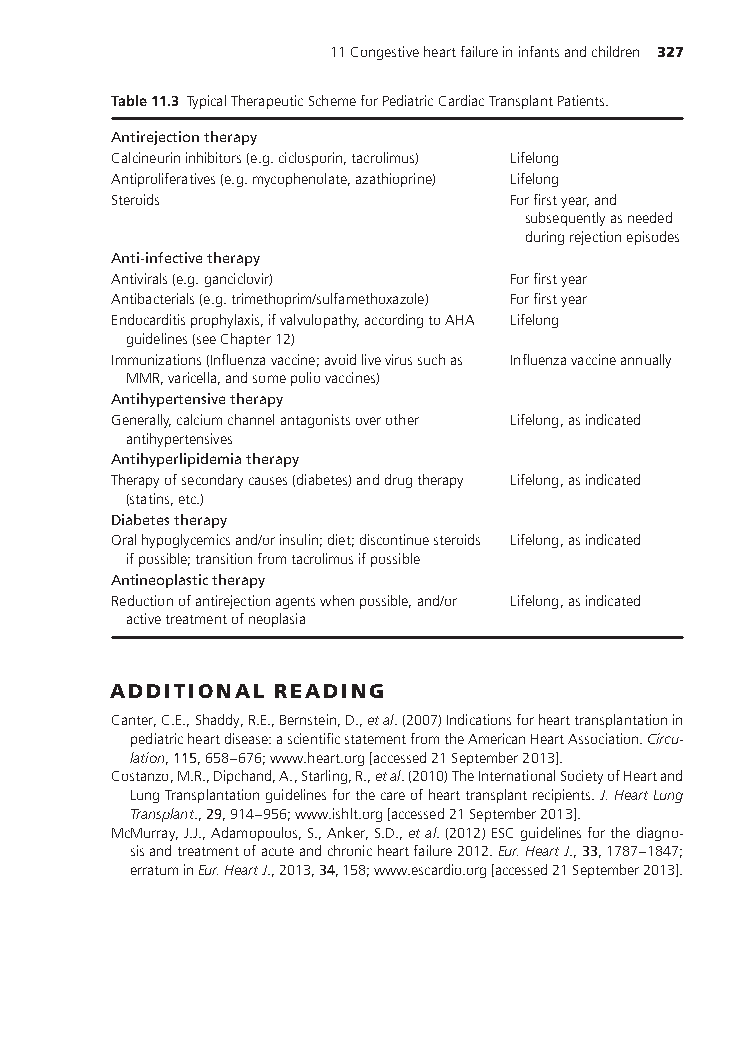
11Congestiveheartfailureininfantsandchildren 327
 Table11.3 TypicalTherapeuticSchemeforPediatricCardiacTransplantPatients.
 Antirejectiontherapy
 Calcineurininhibitors(e.g.ciclosporin,tacrolimus) Lifelong
 Antiproliferatives(e.g.mycophenolate,azathioprine) Lifelong
 Steroids                  Forfirstyear,and
 subsequentlyasneeded
 duringrejectionepisodes
 Anti-infectivetherapy
 Antivirals(e.g.ganciclovir) Forfirstyear
 Antibacterials(e.g.trimethoprim/sulfamethoxazole) Forfirstyear
 Endocarditisprophylaxis,ifvalvulopathy,accordingtoAHA Lifelong
 guidelines(seeChapter12)
 Immunizations(Influenzavaccine;avoidlivevirussuchas Influenzavaccineannually
 MMR,varicella,andsomepoliovaccines)
 Antihypertensivetherapy
 Generally,calciumchannelantagonistsoverother Lifelong,asindicated
 antihypertensives
 Antihyperlipidemiatherapy
 Therapyofsecondarycauses(diabetes)anddrugtherapy Lifelong,asindicated
 (statins,etc.)
 Diabetestherapy
 Oralhypoglycemicsand/orinsulin;diet;discontinuesteroids Lifelong,asindicated
 ifpossible;transitionfromtacrolimusifpossible
 Antineoplastictherapy
 Reductionofantirejectionagentswhenpossible,and/or Lifelong,asindicated
 activetreatmentofneoplasia
 ADDITIONAL READING
 Canter,C.E.,Shaddy,R.E.,Bernstein,D.,etal.(2007)Indicationsforhearttransplantationin
 pediatricheartdisease:ascientificstatementfromtheAmericanHeartAssociation.Circu-
 lation,115,658–676;www.heart.org[accessed21September2013].
 Costanzo,M.R.,Dipchand,A.,Starling,R.,etal.(2010)TheInternationalSocietyofHeartand
 LungTransplantationguidelinesforthecareofhearttransplantrecipients.J.HeartLung
 Transplant.,29,914–956;www.ishlt.org[accessed21September2013].
 McMurray,J.J.,Adamopoulos,S.,Anker,S.D.,etal.(2012)ESCguidelinesforthediagno-
 sisandtreatmentofacuteandchronicheartfailure2012.Eur.HeartJ.,33,1787–1847;
 erratuminEur.HeartJ.,2013,34,158;www.escardio.org[accessed21September2013].